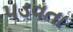
પડવતા